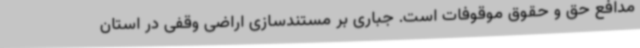
مدافع حق و حقوق موقوفات است. جباری بر مستندسازی اراضی وقفی در استان